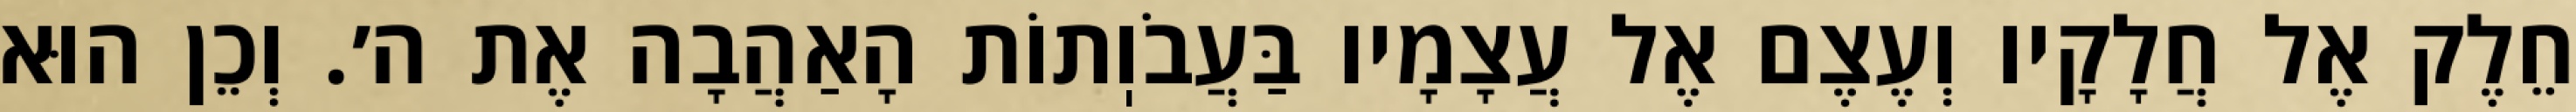
חֵלֶק אֶל חֲלָקָיו וְעֶצֶם אֶל עֲצָמָיו בַּעֲבֹוֽתוֹת הָאַהֲבָה אֶת ה׳. וְכֵן הוּא